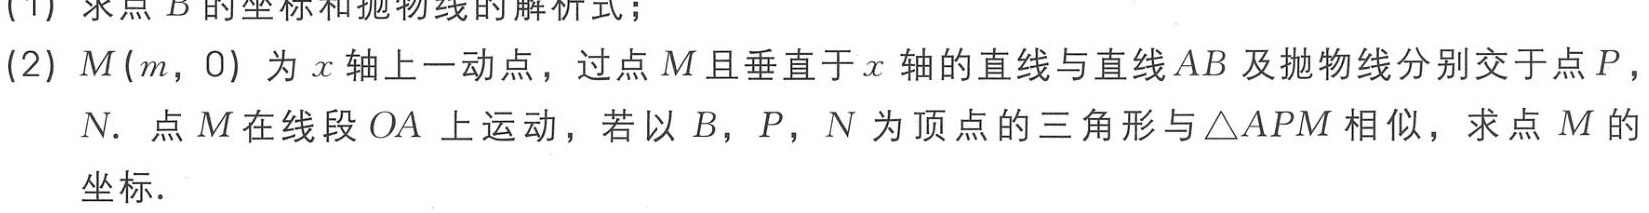
(1) 求点 \(B\) 的坐标和抛物线的解析式；
(2) \(M(m,0)\) 为 \(x\) 轴上一动点，过点 \(M\) 且垂直于 \(x\) 轴的直线与直线 \(AB\) 及抛物线分别交于点 \(P\)，\(N\). 点 \(M\) 在线段 \(OA\) 上运动，若以 \(B\)，\(P\)，\(N\) 为顶点的三角形与 \(\triangle APM\) 相似，求点 \(M\) 的坐标.